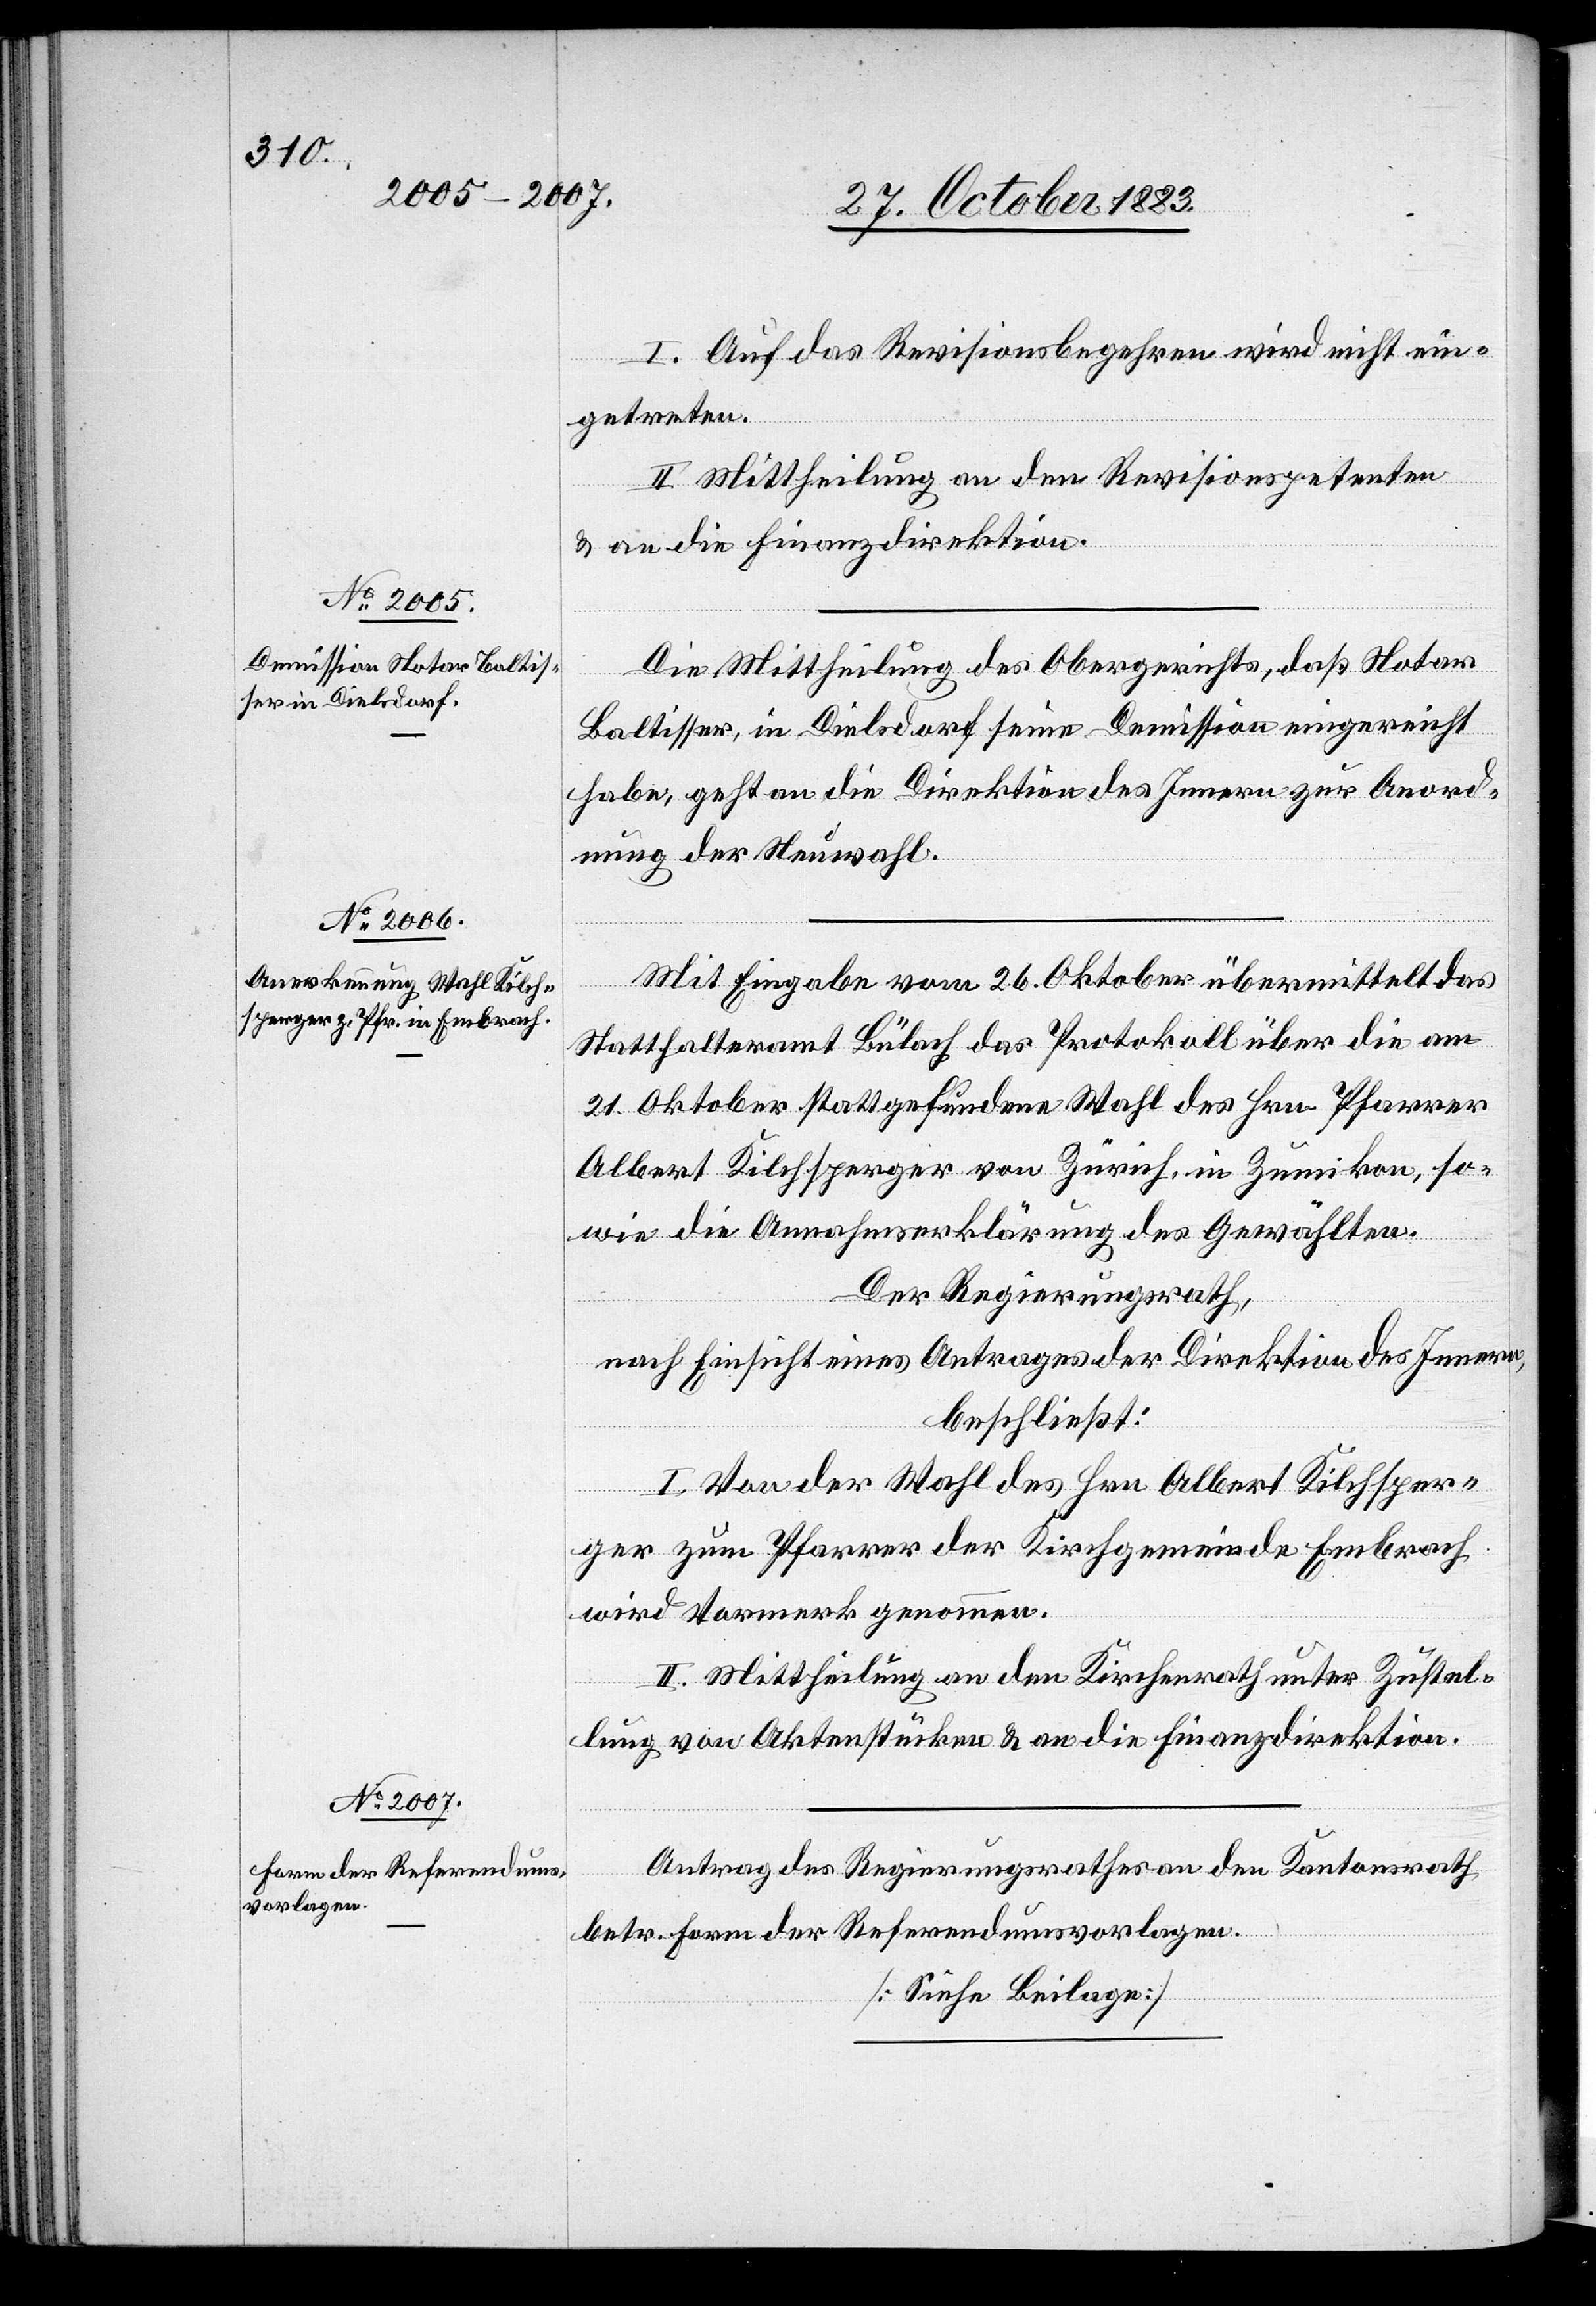
I. Auf das Revisionsbegehren wird nicht ein¬
getreten.
II. Mittheilung an den Revisionspetenten
& an die Finanzdirektion.
Die Mittheilung des Obergerichts, daß Notar
Baltisser, in Dielsdorf seine Demission eingereicht
habe, geht an die Direktion des Innern zur Anord¬
nung der Neuwahl.
Mit Eingabe vom 26. Oktober übermittelt das
Statthalteramt Bülach das Protokoll über die am
21. Oktober stattgefundene Wahl des Hrn. Pfarrer
Albert Kilchsperger von Zürich, in Zumikon, so¬
wie die Annahmserklärung des Gewählten.
Der Regierungsrath,
nach Einsicht eines Antrages der Direktion des Innern,
beschließt:
I. Von der Wahl des Hrn. Albert Kilchsper¬
ger zum Pfarrer der Kirchgemeinde Embrach
wird Vormerk genommen.
II. Mittheilung an den Kirchenrath unter Zustel¬
lung von Aktenstücken & an die Finanzdirektion.
Antrag des Regierungsrathes an den Kantonsrath
betr. Form der Referendumsvorlagen.
[Siehe Beilage]